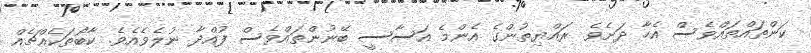
ކަންތައްތައްވެސް އެހާ ދަށެވެ. ރައްޔިތުންގެ އެންމެ އަސާސީ ބޭނުންތައްވެސް ފުއްދާ ނުލެވެއެވެ. ކާބޯތަކެއްޗެއް